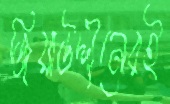
জিয়াউদ্দীনেরই